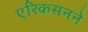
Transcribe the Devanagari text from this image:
एरिकसनने